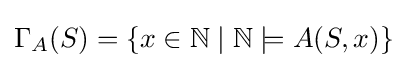
\Gamma _{A}(S)=\{x\in \mathbb {N} \mid \mathbb {N} \models A(S,x)\}